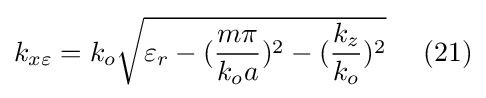
k_{x\varepsilon }=k_{o}{\sqrt {\varepsilon _{r}-({\frac {m\pi }{k_{o}a}})^{2}-({\frac {k_{z}}{k_{o}}})^{2}}}\ \ \ \ (21)